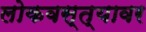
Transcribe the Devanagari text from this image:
लोकवस्त्यावर